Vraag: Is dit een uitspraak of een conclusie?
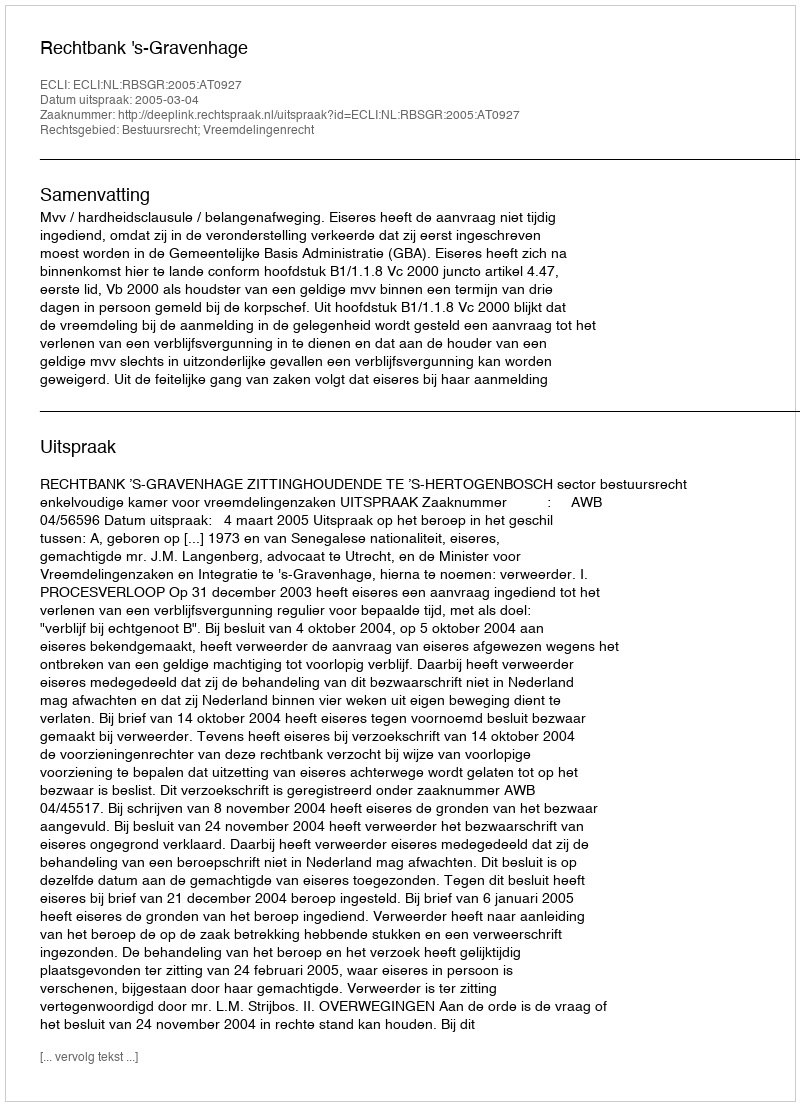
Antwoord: Uitspraak